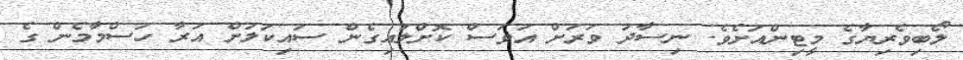
ލޯބިވެރިޔާގެ މީޓިންއަށެވެ. ނިސާދު ވަރަށް އަވަސް ކޮށްލައިގެން ސައިކަލަށް އަރާ ހަސްމާމެން ގެ